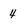
Character: 4